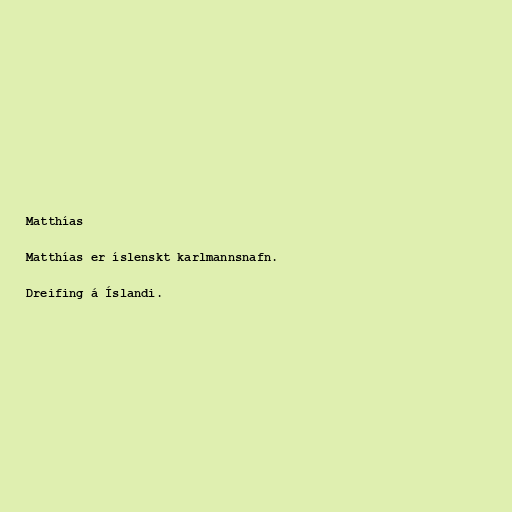
Matthías

Matthías er íslenskt karlmannsnafn.

Dreifing á Íslandi.